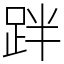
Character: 跘